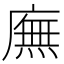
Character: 廡